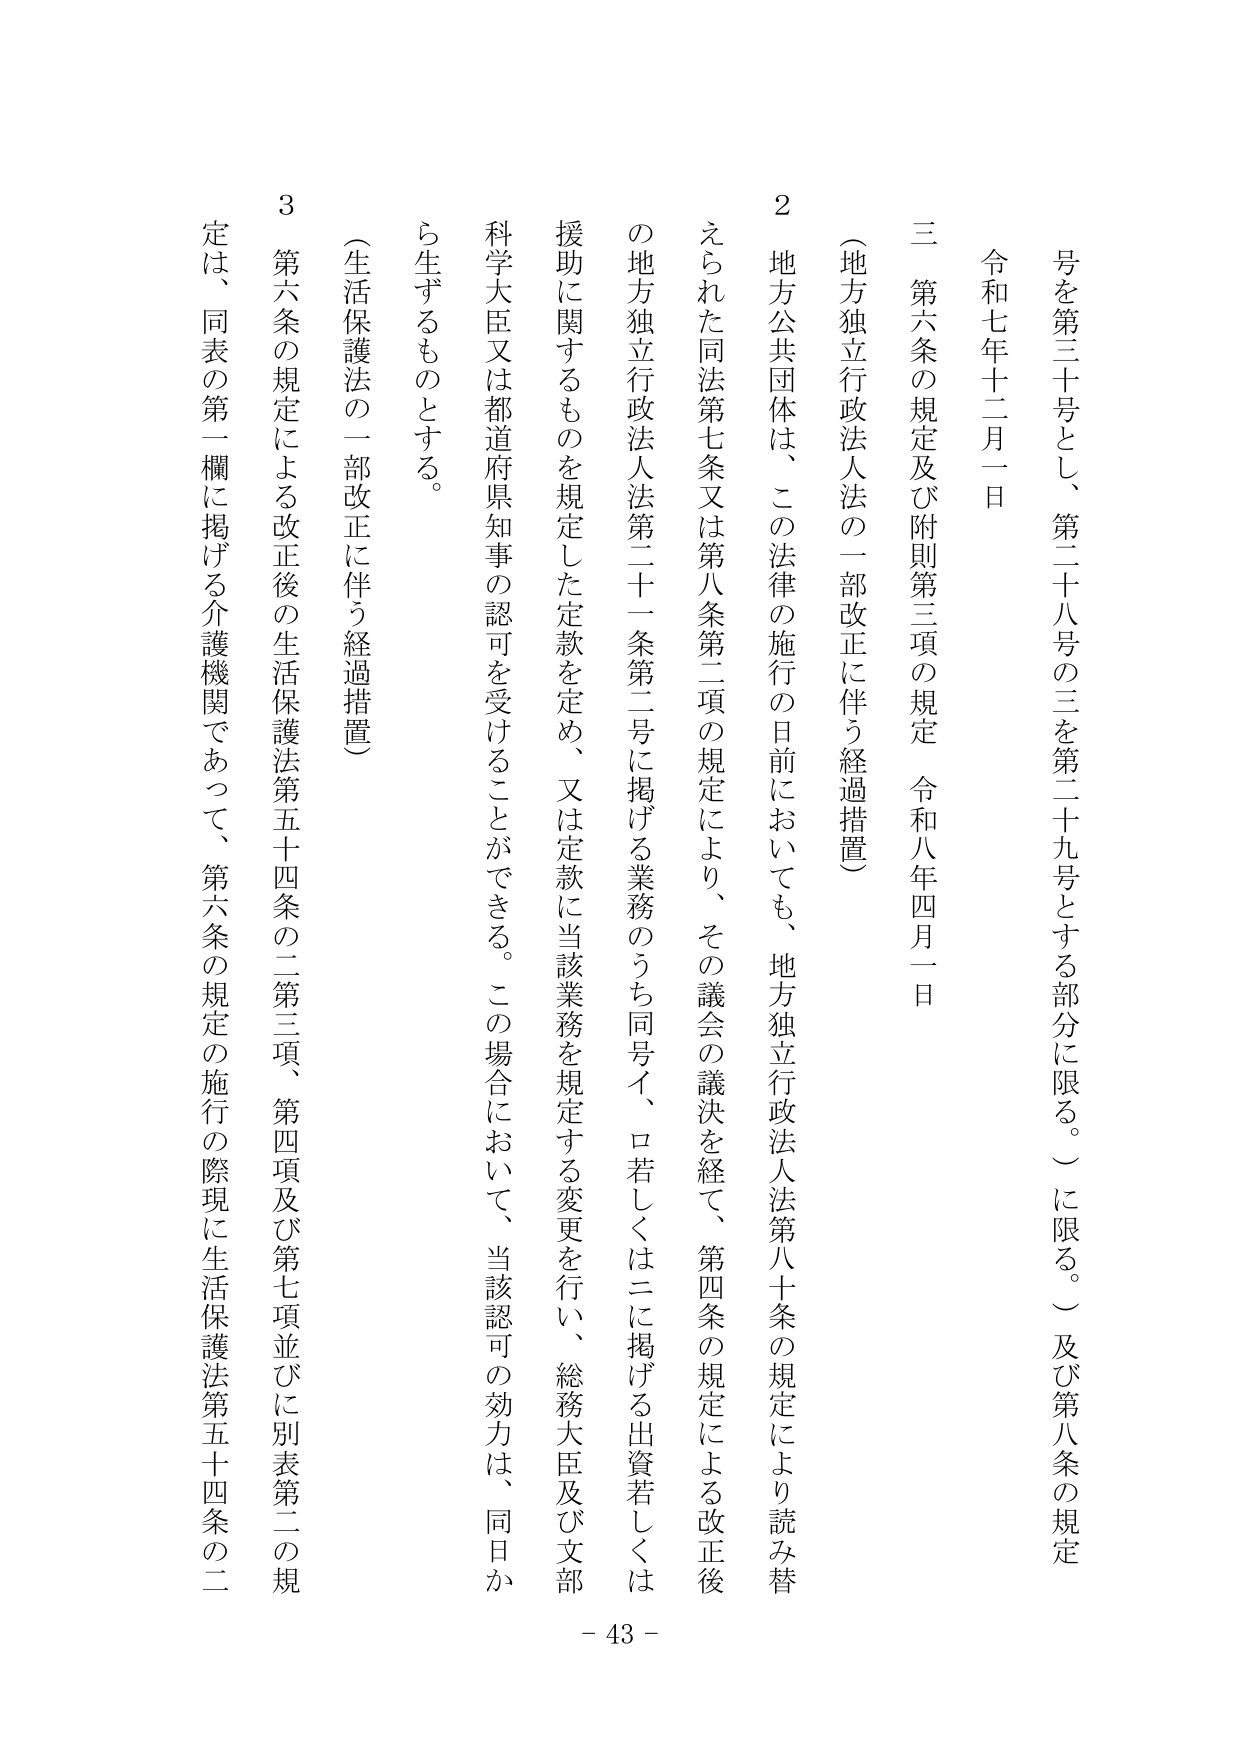
号を第三十号とし、第二十八号の三を第二十九号とする部分に限る。）に限る。）及び第八条の規定
令和七年十二月一日
三　第六条の規定及び附則第三項の規定　令和八年四月一日
（地方独立行政法人法の一部改正に伴う経過措置）
２　地方公共団体は、この法律の施行の日前においても、地方独立行政法人法第八十条の規定により読み替
えられた同法第七条又は第八条第二項の規定により、その議会の議決を経て、第四条の規定による改正後
の地方独立行政法人法第二十一条第二号に掲げる業務のうち同号イ、ロ若しくはニに掲げる出資若しくは
援助に関するものを規定した定款を定め、又は定款に当該業務を規定する変更を行い、総務大臣及び文部
科学大臣又は都道府県知事の認可を受けることができる。この場合において、当該認可の効力は、同日か
ら生ずるものとする。
（生活保護法の一部改正に伴う経過措置）
３　第六条の規定による改正後の生活保護法第五十四条の二第三項、第四項及び第七項並びに別表第二の規
定は、同表の第一欄に掲げる介護機関であって、第六条の規定の施行の際現に生活保護法第五十四条の二
- 43 -